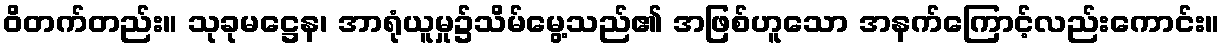
ဝိတက်တည်း။ သုခုမဋ္ဌေန၊ အာရုံယူမှု၌သိမ်မွေ့သည်၏ အဖြစ်ဟူသော အနက်ကြောင့်လည်းကောင်း။